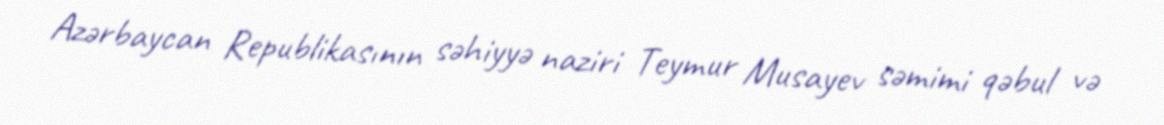
Azərbaycan Republikasının səhiyyə naziri Teymur Musayev səmimi qəbul və